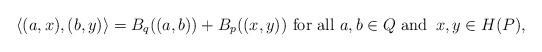
LaTeX: \begin{align*} \langle (a,x),(b,y) \rangle &= B_q((a,b)) +B_p((x,y))\textnormal{ for all } a,b \in Q \textnormal{ and } \,x,y\in H(P),\end{align*}